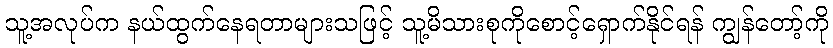
သူ့အလုပ်က နယ်ထွက်နေရတာများသဖြင့် သူ့မိသားစုကိုစောင့်ရှောက်နိုင်ရန် ကျွန်တော့်ကို